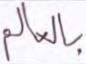
بالعالم